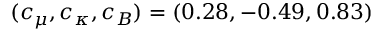
( c _ { \mu } , c _ { \kappa } , c _ { B } ) = ( 0 . 2 8 , - 0 . 4 9 , 0 . 8 3 )